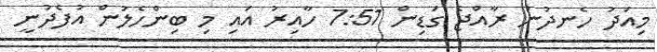
މިއަދު ހެނދުނު ރާއްޖެ ގަޑިން 7:51 ހާއިރު އައި މި ބިންހެލުން އުފެދުނީ